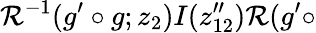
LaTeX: {\cal R}^{-1}(g^{\prime}\circ g;z_{2})I(z_{12}^{\prime\prime}){\cal R}(g^{\prime}\circ